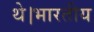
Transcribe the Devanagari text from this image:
थे।भारतीय